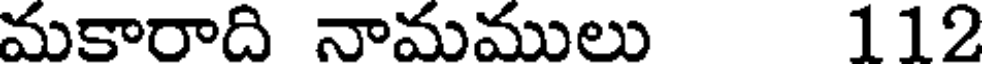
మకారాది నామములు 112